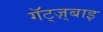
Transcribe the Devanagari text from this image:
गॅट्ज़्बाइ